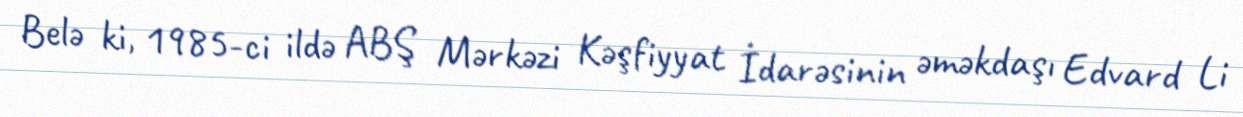
Belə ki, 1985-ci ildə ABŞ Mərkəzi Kəşfiyyat İdarəsinin əməkdaşı Edvard Li